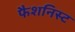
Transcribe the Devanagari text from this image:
फैशनिस्ट